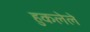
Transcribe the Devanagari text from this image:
हुकलेले